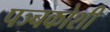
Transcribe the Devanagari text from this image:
पञ्चकोशी